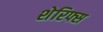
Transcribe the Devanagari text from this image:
शेरिफ्स